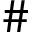
\#